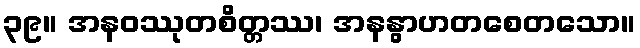
၃၉။ အနဝဿုတစိတ္တဿ၊ အနနွာဟတစေတသော။